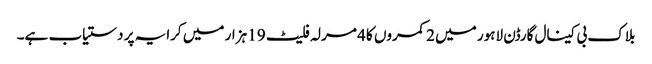
بلاک بی کینال گارڈن لاہور میں 2 کمروں کا 4 مرلہ فلیٹ 19 ہزار میں کرایہ پر دستیاب ہے۔